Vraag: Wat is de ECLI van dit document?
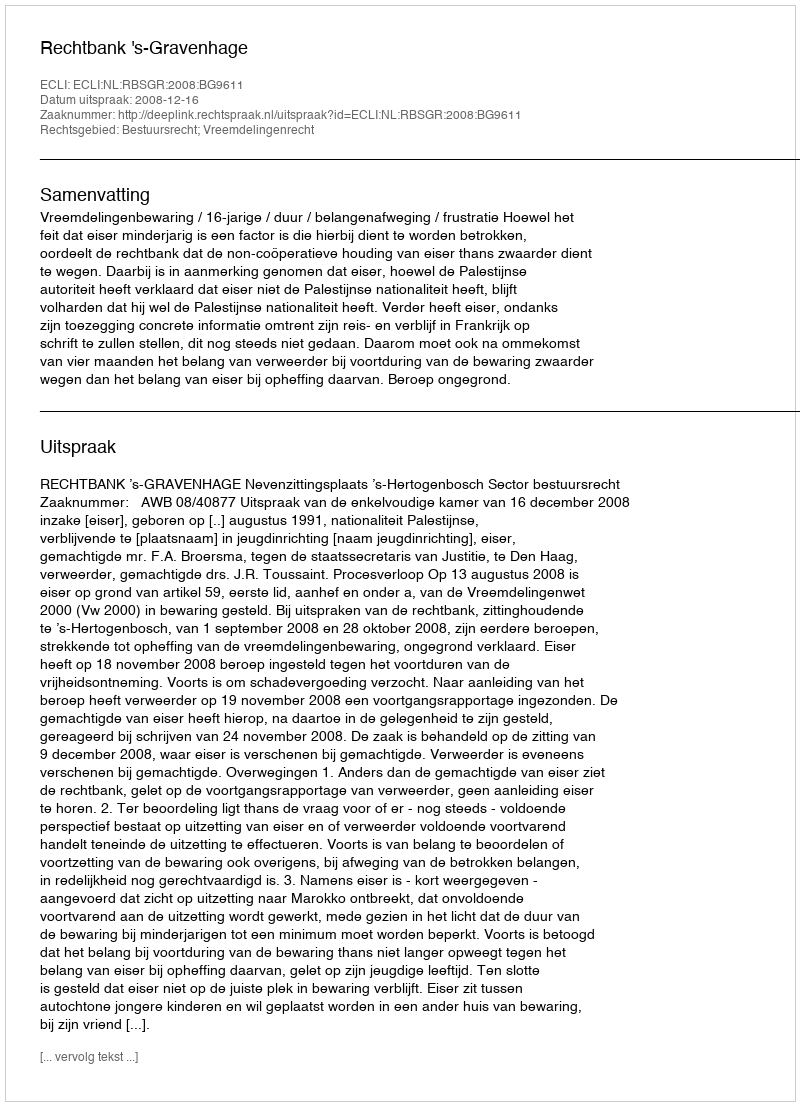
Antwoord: ECLI:NL:RBSGR:2008:BG9611